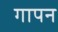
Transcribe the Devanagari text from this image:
गापन